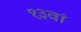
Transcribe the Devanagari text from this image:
१३वां